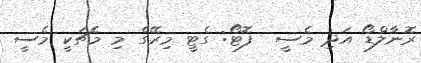
ރޮނާލްޑޯ އަދި މެސީ  ފޮޓޯ: ގެޓީ މިރޭގެ މި މެޗަކީ މެސީ